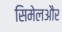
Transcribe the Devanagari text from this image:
सिमेलऔर